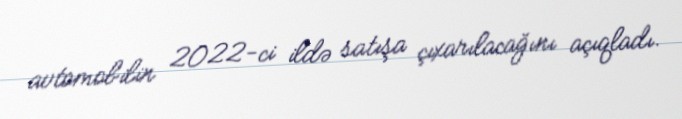
avtomobilin 2022-ci ildə satışa çıxarılacağını açıqladı.